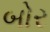
બોર